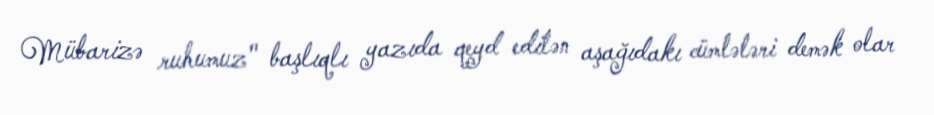
Mübarizə ruhumuz" başlıqlı yazıda qeyd edilən aşağıdakı cümlələri demək olar